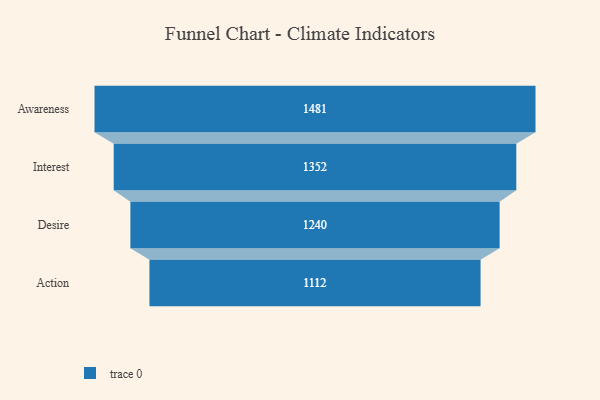
{"axis": {"x": "Stage", "y": "Value"}, "legend": [""], "data": [{"x": "Awareness", "y": 1481.0, "type": ""}, {"x": "Interest", "y": 1352.0, "type": ""}, {"x": "Desire", "y": 1240.0, "type": ""}, {"x": "Action", "y": 1112.0, "type": ""}]}